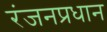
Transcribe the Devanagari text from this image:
रंजनप्रधान